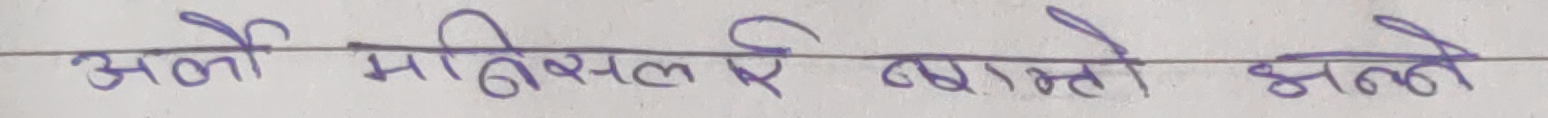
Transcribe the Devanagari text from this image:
अलो हासिल ऐ व्याक्तो भन्ने